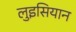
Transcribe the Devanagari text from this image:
लुइसियान